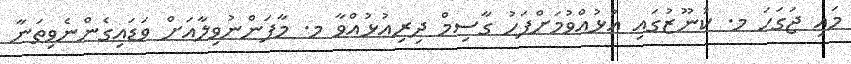
މައި ޖަގަހަ މ. ކުނޫޒުގައި އުޅުއްވުމަށްފަހު ގާސިމް ދިރިއުޅުއްވާ މ. މާފަންނުވިލާއަށް ވަޑައިގެންނެވިތަނާ